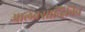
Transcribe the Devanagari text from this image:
आलेक्सान्द्रिविच